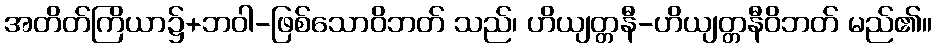
အတိတ်ကြိယာ၌+ဘဝါ-ဖြစ်သောဝိဘတ် သည်၊ ဟိယျတ္တနီ-ဟိယျတ္တနီဝိဘတ် မည်၏။